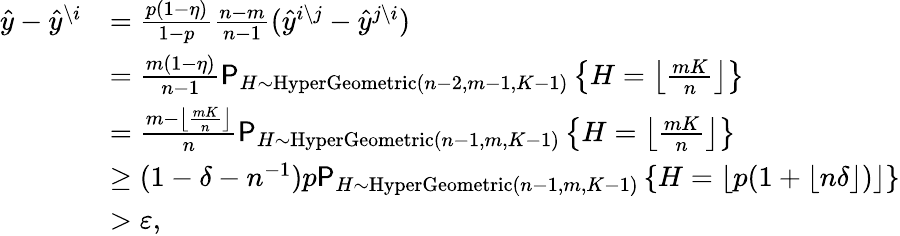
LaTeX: \begin{array}{rl}{\hat{y}-\hat{y}^{\setminus i}}&{=\frac{p\left(1-\eta\right)}{1-p}\frac{n-m}{n-1}(\hat{y}^{i\setminus j}-\hat{y}^{j\setminus i})}\\ &{=\frac{m\left(1-\eta\right)}{n-1}\P_{H\sim\textnormal{HyperGeometric}(n-2,m-1,K-1)}\left\{ H=\left\lfloor\frac{mK}{n}\right\rfloor\right\} }\\ &{=\frac{m-\left\lfloor\frac{mK}{n}\right\rfloor}{n}\P_{H\sim\textnormal{HyperGeometric}(n-1,m,K-1)}\left\{ H=\left\lfloor\frac{mK}{n}\right\rfloor\right\} }\\ &{\geq(1-\delta-n^{-1})p\P_{H\sim\textnormal{HyperGeometric}(n-1,m,K-1)}\left\{ H=\lfloor p(1+\lfloor n\delta\rfloor)\rfloor\right\} }\\ &{>\varepsilon,}\end{array}